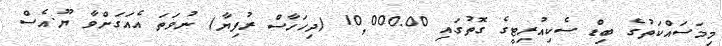
މިމަސައްކަތުގެ ބިޑް ސެކިއުރިޓީގެ ގޮތުގައި 10